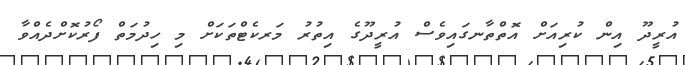
އުރީދޫ އިން ކުރިއަށް އޮތްތާނގައިވެސް އުރީދޫގެ އިތުރު މަރކެޓްތަކަށް މި ހިދުމަތް ފޯރުކޮށްދެއްވާ